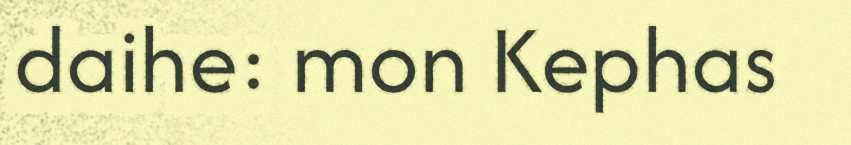
daihe: mon Kephas